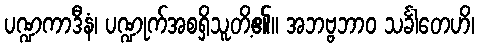
ပဏ္ဍကာဒီနံ၊ ပဏ္ဍုက်အစရှိသူတိ့၏။ အဘဗ္ဗဘာဝ သင်္ခါတေဟိ၊